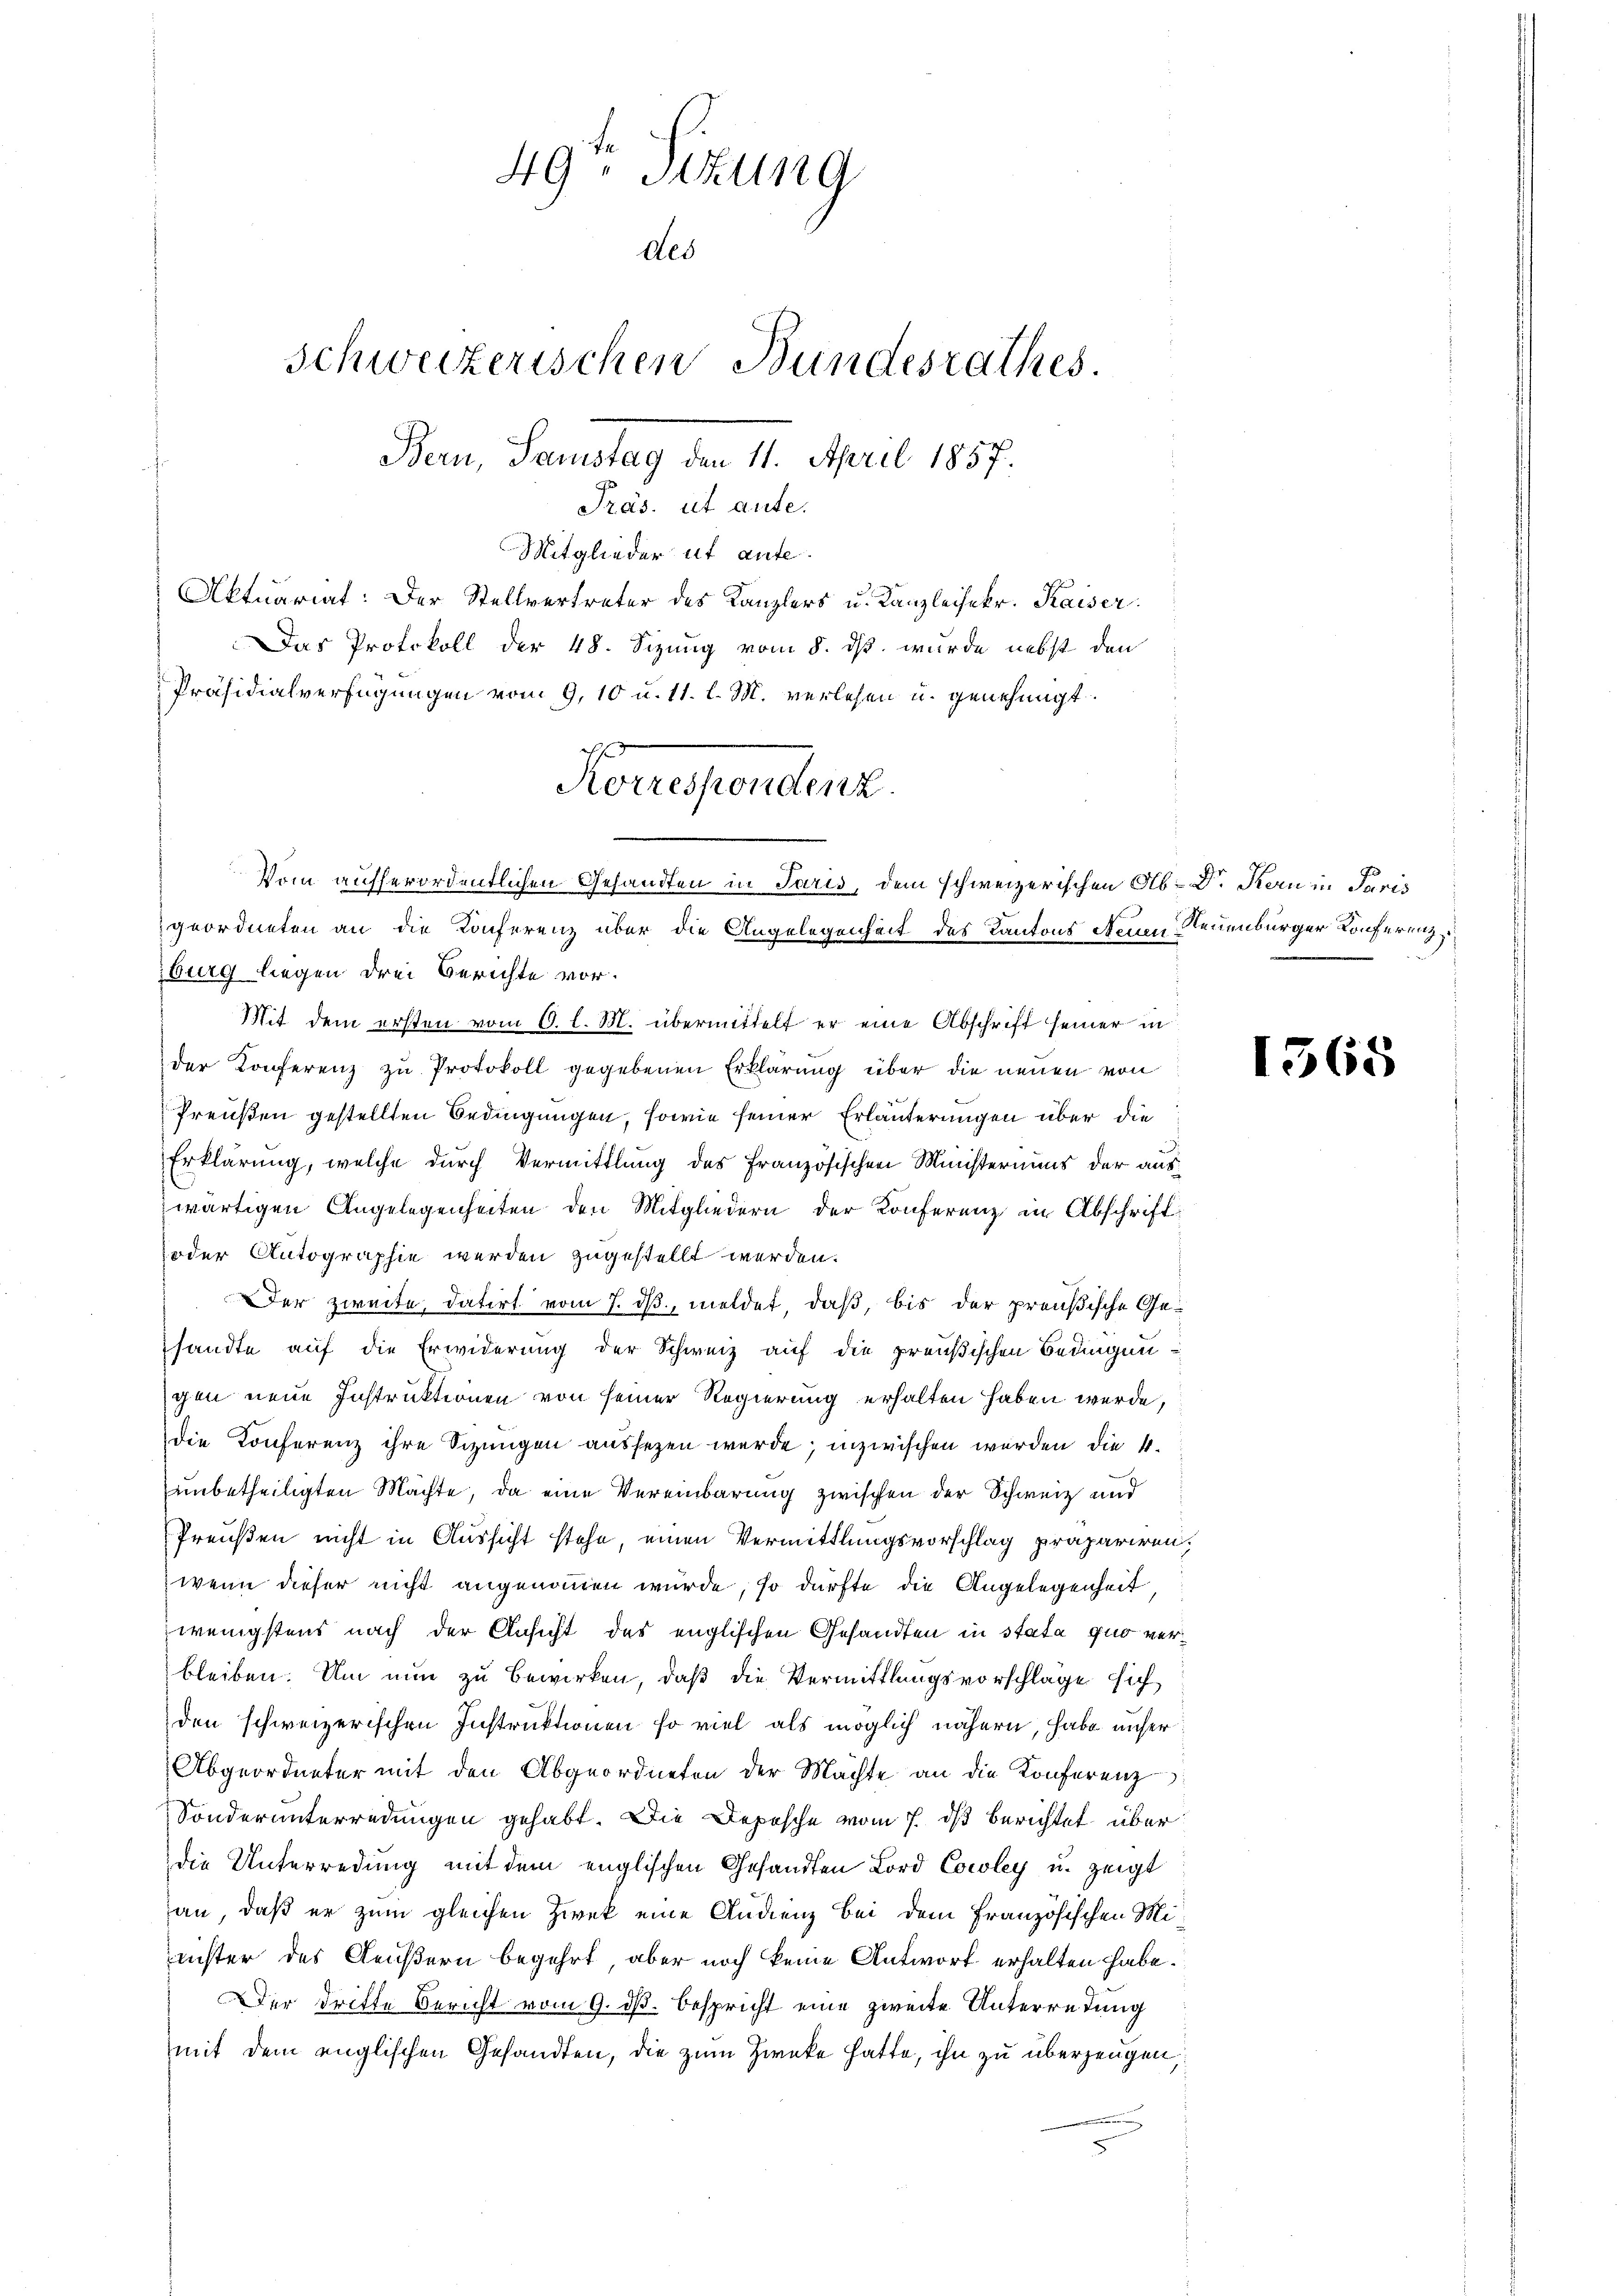
49te Sitzung
des
Schweizerischen Bundesrathes.
Bern, Samstag den 11. April 1857.
Präs. ut aute.

Mitglieder ut ante.
Aktuariat: Der Stellvertreter des Kanzlers u. Kanzleisekr. Kaiser
Das Protokoll der 48. Sizung vom 8. ds. wurde nebst den
Präsidialverfügungen vom 9. 10 u. 11. l. M. verlesen u. genehmigt.
Konesendenz

zburg liegen drei Berichte vor.
Mit dem ersten vom 6. l. M. übermittelt er eine Abschrift seiner in
der Konferenz zu Protokoll gegebenen Erklärung über die neuen von
Preußen gestellten Bedingungen, sowie seiner Erläuterungen über die
Erklärung, welche durch Vermittlung des Französischen Ministeriums der auswärtigen Angelegenheiten den Mitgliedern der Konferenz in Abschrift
oder Autographie werden zugestellt werden.
Der zweite, datirt vom 7. ds, meldet, daß, bis der preußische Ge-
sandte auf die Erwiderung der Schweiz auf die preußischen Bedingungen neue Instruktionen von seiner Regierung erhalten haben werde,
Die Konferenz ihre Sizungen aussezen werde; inzwischen werden die 4.
unbetheiligten Machte, da eine Vereinbarung zwischen der Schweiz und
Preußen nicht in Aussicht stehe, einen Vermittlungsvorschlag präpariren,
wenn dieser nicht angenommen wurde, so dürfte die Angelegenheit,
wenigstens nach der Ansicht des englischen Gesandten in stata quo verbleiben. Um nun zu bewirken, daß die Vermittlungsvorschläge sich
den schweizerischen Instruktionen so viel als möglich nähern, habe unser
Abgeordneter mit den Abgeordneten der Machte an die Konferenz
Sonderunterredungen gehabt. Die Depesche vom 7. ds berichtet über
die Unterredung mit dem englischen Gesandten Lord Cocoley u. zeigt
an, daß er zum gleichen Zwek eine Andienz bei dem Französischen Mi
richter des Aeußern begehrt, aber noch keine Antwort erhalten habe.
Der Dritte Bericht vom 9. ds. bespricht eine zweite Unterredung
mit dem englischen Gesandten, die zum Zwecke hatte, ihn zu überzeugen,

Vom aufserordentlichen Gesandten in Paris, dem schweizerischen Ab- Dr. Kern in Paris
geordneten an die Konferenz über die Angelegenheit des Kantons Neuen Neuenburger Konferenz

¬

1368